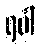
ရပါ